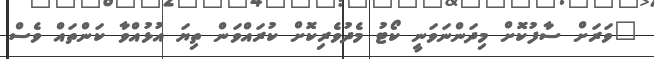
"ވަރަށް ސާފުކޮށް މިދަންނަވަނީ ކޯޓު މެދުވެރިކޮށް ކުރައްވަން ތިޔަ އުޅުއްވާ ކަންތައް ވެސް